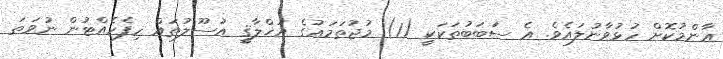
ޢާންމުކޮށް ހުޅުވާނުލައެވެ. އެ ސަބަބުތަކަކީ (1) މުޖުތަމަޢުގެ އަޚްލާޤީ އުސޫލުތައް ހިފެހެއްޓުން ނުވަތަ